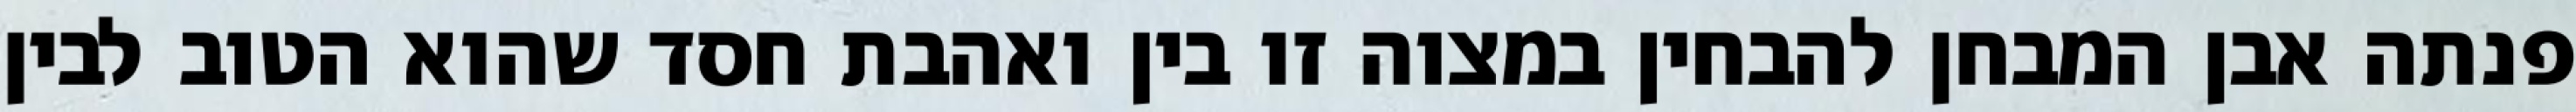
פנתה אבן המבחן להבחין במצוה זו בין ואהבת חסד שהוא הטוב לבין